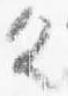
具